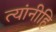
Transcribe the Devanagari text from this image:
त्यांनीहि